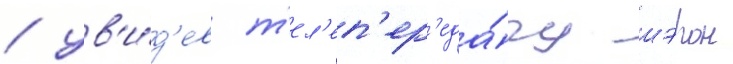
/ ув'и́д'ев т'ел'еп'ер'еда́чу шэрон